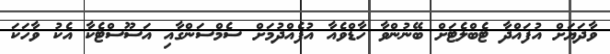
ވާދަޔަށް އުފައްދާ ޓެބްލެޓަށް ބޭނުންވާ ހާޑްވެއާ އުފެއްދުމަށް ސެމްސަންގާއި އަސޫސްޓެކާ އެކު ވާހަކަ